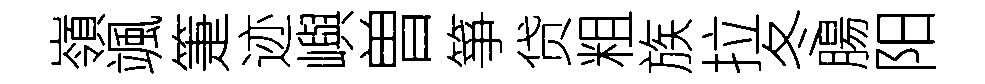
嶺颯箑迹嶼曽箏贷粗族拉冬腸阳